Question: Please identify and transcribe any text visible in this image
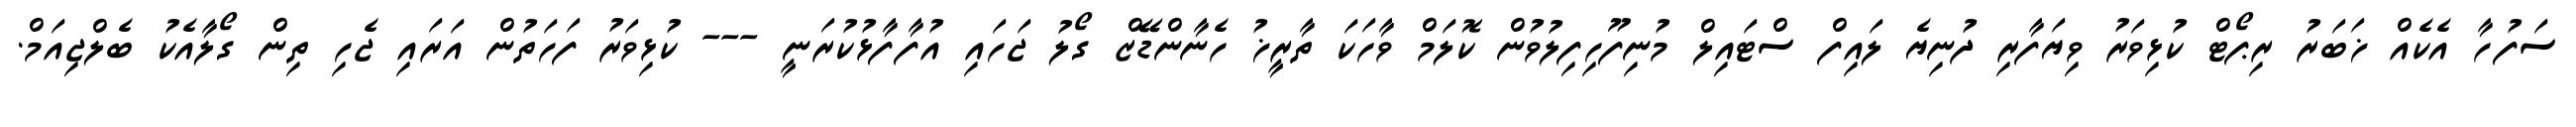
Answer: ސަފުހާ އެކެއް ޚަބަރު ރިޕޯޓް ކުޅިވަރު ވިޔަފާރި ދުނިޔެ ލައިފް ސްޓައިލް މުނިފޫހިފިލުވުން ކޮލަމް ވާހަކަ ތާރީޚު ހެނާންޑޭޒް ގޯލު ޖަހައި އުފާފާޅުކުރަނީ --- ކުޅިވަރު ފަހަތުން އަރައި ޖެހި ތިން ގޯލާއެކު ބެލްޖިއަމް.